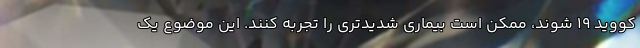
کووید ۱۹ شوند، ممکن است بیماری شدیدتری را تجربه کنند. این موضوع یک